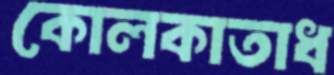
কোলকাতাধ